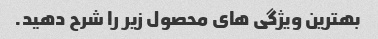
بهترین ویژگی های محصول زیر را شرح دهید.